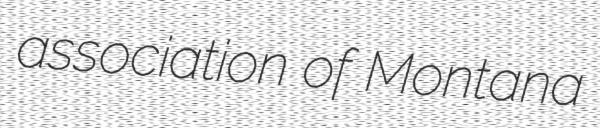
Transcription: association of Montana